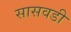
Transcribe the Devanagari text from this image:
सासवडी